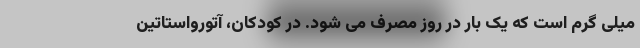
میلی گرم است که یک بار در روز مصرف می شود. در کودکان، آتورواستاتین